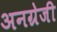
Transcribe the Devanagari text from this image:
अनग्रेजी